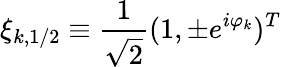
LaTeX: \xi_{k,1/2}\equiv\frac{1}{\sqrt{2}}(1,\pm e^{i\varphi_{k}})^{T}